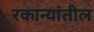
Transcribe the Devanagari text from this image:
रकान्यांतील